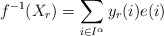
\begin{align*}f^{-1}(X_r)=\sum_{i\in I^{\alpha}}y_r(i)e(i)\end{align*}